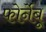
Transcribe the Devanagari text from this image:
फोर्नेबू